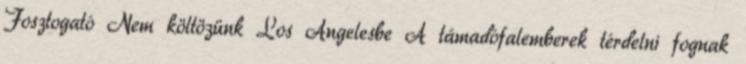
Fosztogató Nem költözünk Los Angelesbe A támadófalemberek térdelni fognak